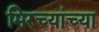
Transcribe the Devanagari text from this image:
मिरच्यांच्या